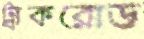
ট্রাকরোড